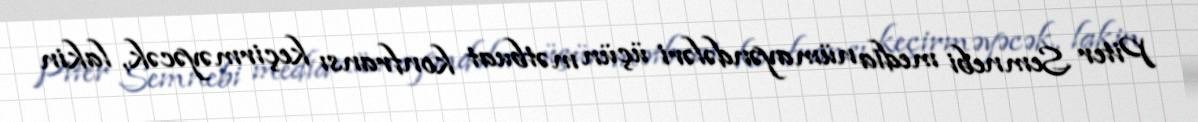
Piter Semnebi media nümayəndələri üçün mətbuat konfransı keçirməyəcək, lakin